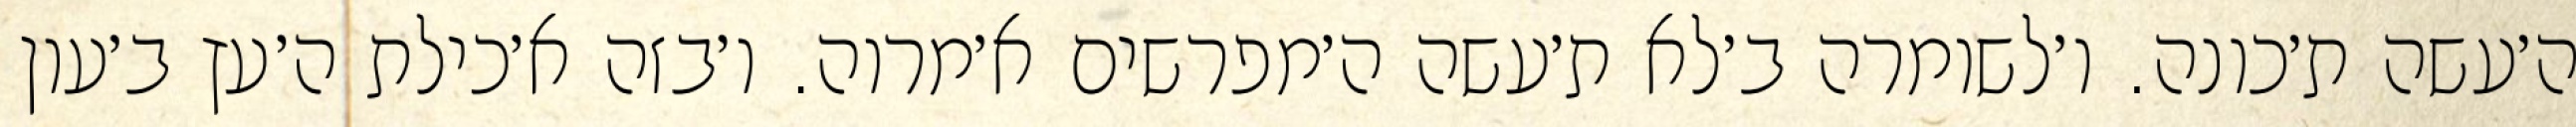
ה׳עשה ת׳כונה. ו׳לשומרה ב׳לא ת׳עשה ה׳מפרשים א׳מרוה. ו׳בזה א׳כילת ה׳עץ ב׳עון